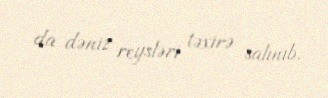
da dəniz reysləri təxirə salınıb.